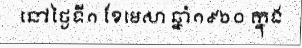
នៅថ្ងៃទី១ ខែមេសា ឆ្នាំ១៩៦០ ក្នុង